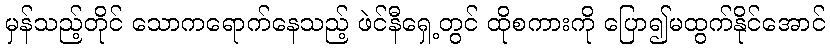
မှန်သည့်တိုင် သောကရောက်နေသည့် ဖဲင်နီရှေ့တွင် ထိုစကားကို ပြော၍မထွက်နိုင်အောင်